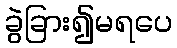
ခွဲခြား၍မရပေ